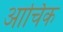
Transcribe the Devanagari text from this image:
आर्चिक